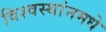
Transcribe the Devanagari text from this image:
विश्वस्थांनमधे